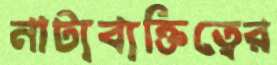
নাট্যব্যক্তিত্বের